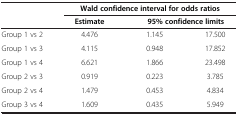
<table><thead><tr><td><b> </b></td><td colspan="3"><b>Wald confidence interval for odds ratios</b></td></tr><tr><td><b> </b></td><td><b>Estimate</b></td><td colspan="2"><b>95% confidence limits</b></td></tr></thead><tbody><tr><td>Group 1 vs 2</td><td>4.476</td><td>1.145</td><td>17.500</td></tr><tr><td>Group 1 vs 3</td><td>4.115</td><td>0.948</td><td>17.852</td></tr><tr><td>Group 1 vs 4</td><td>6.621</td><td>1.866</td><td>23.498</td></tr><tr><td>Group 2 vs 3</td><td>0.919</td><td>0.223</td><td>3.785</td></tr><tr><td>Group 2 vs 4</td><td>1.479</td><td>0.453</td><td>4.834</td></tr><tr><td>Group 3 vs 4</td><td>1.609</td><td>0.435</td><td>5.949</td></tr></tbody></table>